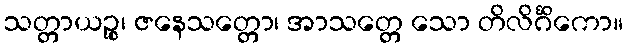
သတ္တာယဉ္စ၊ ဇနေသတ္တော၊ အာသတ္တေ သော တိလိင်္ဂိကော။